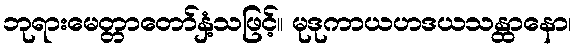
ဘုရားမေတ္တာတော်နှံ့သဖြင့်။ မုဒုကာယဟဒယသန္ထာနော၊